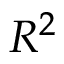
R ^ { 2 }